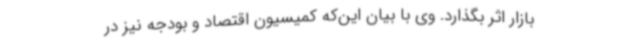
بازار اثر بگذارد. وی با بیان این‌که کمیسیون اقتصاد و بودجه نیز در